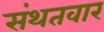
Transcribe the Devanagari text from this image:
संथतवार